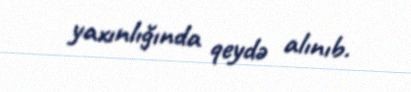
yaxınlığında qeydə alınıb.